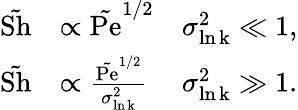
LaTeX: \begin{array}{rlr}{\tilde{\mathrm{Sh}}}&{\propto\tilde{\mathrm{Pe}}^{1/2}}&{\sigma_{\mathrm{\ln k}}^{2}\ll 1,}\\ {\tilde{\mathrm{Sh}}}&{\propto\frac{\tilde{\mathrm{Pe}}^{1/2}}{\sigma_{\mathrm{\ln k}}^{2}}}&{\sigma_{\mathrm{\ln k}}^{2}\gg 1.}\end{array}